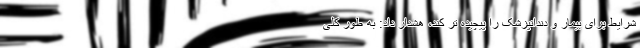
شرایط برای بیمار و دندانپزشک را پیچیده تر کند، هشدار داد: به طور کلی